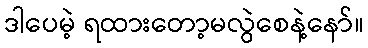
ဒါပေမဲ့ ရထားတော့မလွဲစေနဲ့နော်။